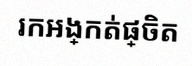
រកអង្កត់ផ្ចិត